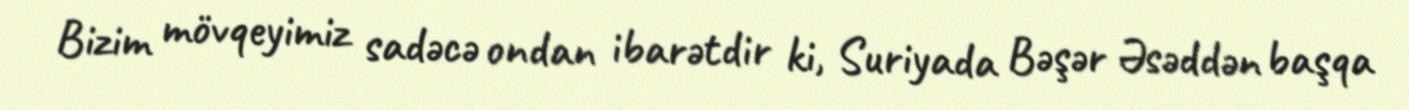
Bizim mövqeyimiz sadəcə ondan ibarətdir ki, Suriyada Bəşər Əsəddən başqa